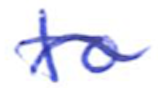
Text: to
Cross-out: wave
Writing tool: ballpoint